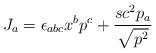
LaTeX: \begin{align*}J_a=\epsilon_{abc}x^bp^c+\frac{sc^2p_a}{\sqrt{p^2}}\end{align*}